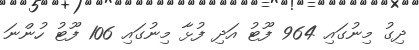
ދިގު މިނުގައި 964 ފޫޓު އަދި ފުޅާ މިނުގައި 106 ފޫޓު ހުންނަ